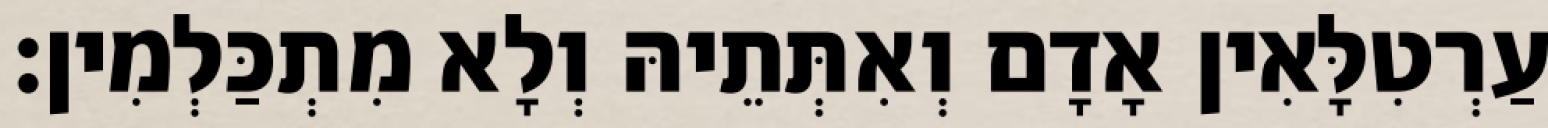
עַרְטִלָּאִין אָדָם וְאִתְּתֵיהּ וְלָא מִתְכַּלְמִין׃